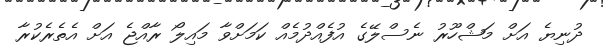
ދުނިޔެ އަށް މަޝްހޫރު ނެސްލޭގެ އުފެއްދުމެއް ކަމަށްވާ މައިލޯ ރާއްޖެ އަށް އެތެރެކުރާ